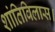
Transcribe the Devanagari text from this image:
शांतिविलास।